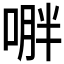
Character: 𱓟